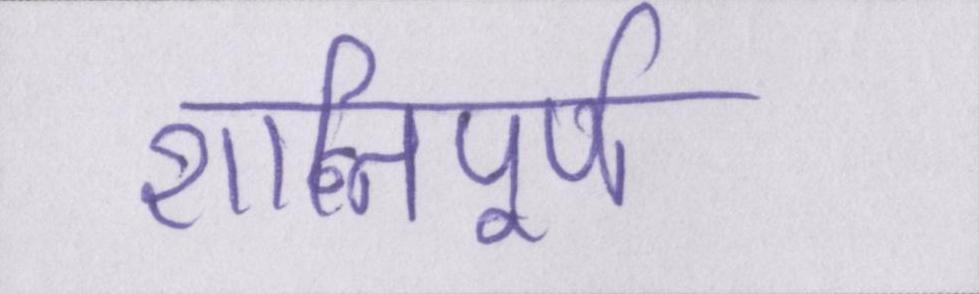
शान्तिपूर्ण